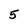
Character: 5